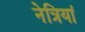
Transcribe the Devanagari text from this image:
नेत्रियां